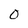
Character: 0